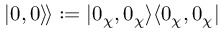
| 0 , 0 \rangle \! \rangle : = | 0 _ { \chi } , 0 _ { \chi } \rangle \langle 0 _ { \chi } , 0 _ { \chi } |